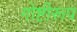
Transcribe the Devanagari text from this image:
गोष्टीरूप